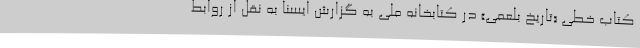
کتاب خطی «تاریخ بلعمی» در کتابخانه ملی به گزارش ایسنا به نقل از روابط